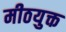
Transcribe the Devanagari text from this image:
मीठयुक्त